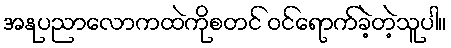
အနုပညာလောကထဲကိုစတင် ဝင်ရောက်ခဲ့တဲ့သူပါ။